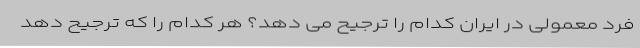
فرد معمولی در ایران کدام را ترجیح می دهد؟ هر کدام را که ترجیح دهد